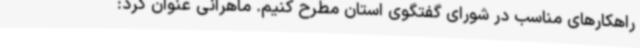
راهکارهای مناسب در شورای گفتگوی استان مطرح کنیم. ماهرانی عنوان کرد: